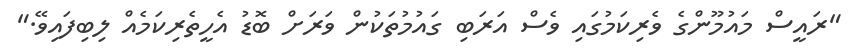
"ރައީސް މައުމޫންގެ ވެރިކަމުގައި ވެސް އަރަބި ގައުމުތަކުން ވަރަށް ބޮޑު އެހީތެރިކަމެއް ލިބިފައިވޭ."